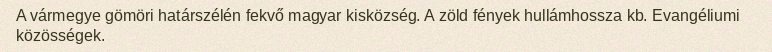
A vármegye gömöri határszélén fekvő magyar kisközség. A zöld fények hullámhossza kb. Evangéliumi közösségek.